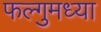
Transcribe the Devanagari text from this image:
फल्गुमध्या